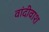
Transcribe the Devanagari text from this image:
वांदीवाश